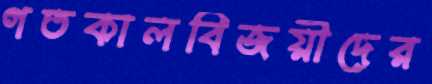
গতকালবিজয়ীদের